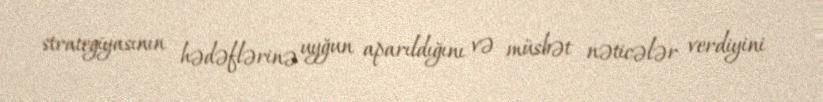
strategiyasının hədəflərinə uyğun aparıldığını və müsbət nəticələr verdiyini